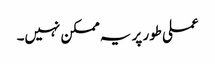
عملی طور پر یہ ممکن نہیں۔